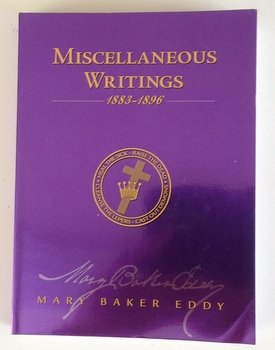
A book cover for Miscellaneous Writings 1883-1896; Mary Baker Eddy; Test Preparation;